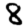
Digit: 8